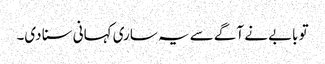
تو بابے نے آگے سے یہ ساری کہانی سنا دی۔